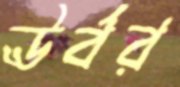
ঊর্বর